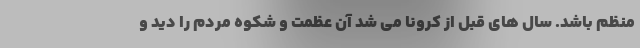
منظم باشد. سال های قبل از کرونا می شد آن عظمت و شکوه مردم را دید و